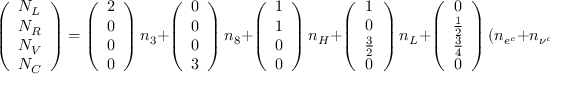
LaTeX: \left( \begin{array} { c } { { N _ { L } } } \\ { { N _ { R } } } \\ { { N _ { V } } } \\ { { N _ { C } } } \end{array} \right) = \left( \begin{array} { c } { { 2 } } \\ { { 0 } } \\ { { 0 } } \\ { { 0 } } \end{array} \right) n _ { 3 } + \left( \begin{array} { c } { { 0 } } \\ { { 0 } } \\ { { 0 } } \\ { { 3 } } \end{array} \right) n _ { 8 } + \left( \begin{array} { c } { { 1 } } \\ { { 1 } } \\ { { 0 } } \\ { { 0 } } \end{array} \right) n _ { H } + \left( \begin{array} { c } { { 1 } } \\ { { 0 } } \\ { { \frac 3 2 } } \\ { { 0 } } \end{array} \right) n _ { L } + \left( \begin{array} { c } { { 0 } } \\ { { \frac 1 2 } } \\ { { \frac 3 4 } } \\ { { 0 } } \end{array} \right) ( n _ { e ^ { c } } + n _ { \nu ^ { c } } ) .